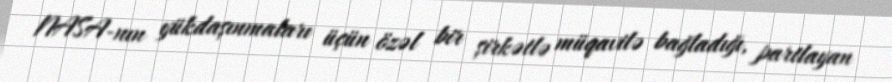
NASA-nın yükdaşınmaları üçün özəl bir şirkətlə müqavilə bağladığı, partlayan